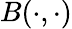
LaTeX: B(\cdot,\cdot)